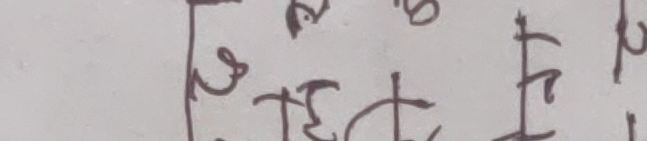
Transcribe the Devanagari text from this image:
छोटो हुनु